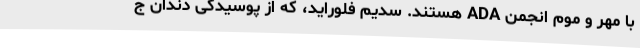
با مهر و موم انجمن ADA هستند. سدیم فلوراید، که از پوسیدگی دندان ج